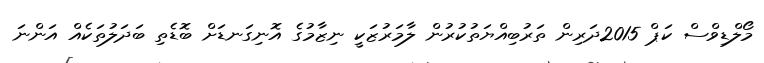
މޯލްޑިވްސް ކަޕް 2015ދަރިން ތަރުބިއްޔަތުކުރުން ލާމަރުޒަކީ ނިޒާމުގެ އޮނިގަނޑަށް ބޮޑެތި ބަދަލުތަކެއް އަންނަ